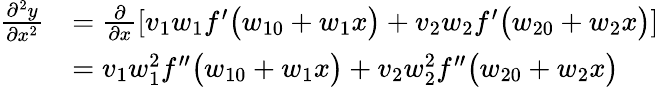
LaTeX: \begin{array}{rl}{\frac{\partial^{2}y}{\partial x^{2}}}&{=\frac{\partial}{\partial x}\left[v_{1}w_{1}f^{\prime}\big(w_{10}+w_{1}x\big)+v_{2}w_{2}f^{\prime}\big(w_{20}+w_{2}x\big)\right]}\\ &{=v_{1}w_{1}^{2}f^{\prime\prime}\big(w_{10}+w_{1}x\big)+v_{2}w_{2}^{2}f^{\prime\prime}\big(w_{20}+w_{2}x\big)}\end{array}